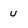
Character: u